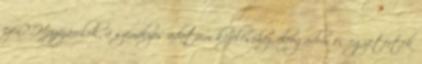
ezen? Hozzájárulok, a személyes adataim kezeléséhez, elfogadom és egyetértek